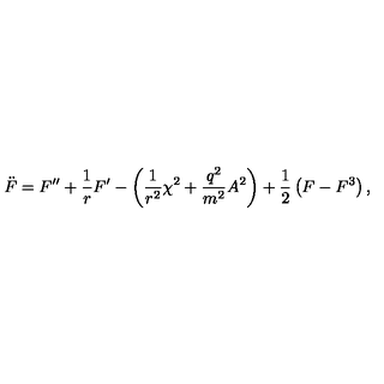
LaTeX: \ddot { F } = F ^ { \prime \prime } + \frac { 1 } { r } F ^ { \prime } - \left( \frac { 1 } { r ^ { 2 } } \chi ^ { 2 } + \frac { q ^ { 2 } } { m ^ { 2 } } A ^ { 2 } \right) + \frac { 1 } { 2 } \left( F - F ^ { 3 } \right) ,